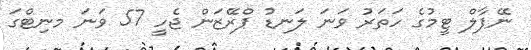
ނޭޕާލް ޓީމުގެ ހަތަރު ވަނަ ލަނޑު ޕްރޭޒަން ޖެހީ 57 ވަނަ މނިޓްގަ